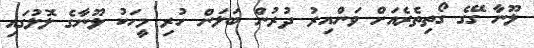
ލޫނާ ގޭގެ ގޯތިތެރެއަށް ވަންއިރު ދުރުން ބަލަން ހުރި މީހަކު ލޫނާގެ ލޮލުގައި